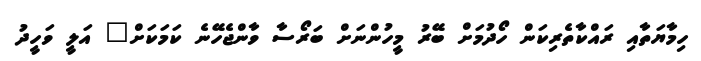
ހިމާޔަތާއި ރައްކާތެރިކަން ހޯދުމަށް ބޭރު މީހުންނަށް ބަރޯސާ ވާންޖެހޭނެ ކަމަކަށް" އަލީ ވަހީދު